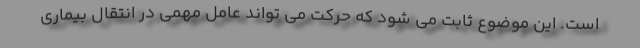
است. این موضوع ثابت می شود که حرکت می تواند عامل مهمی در انتقال بیماری